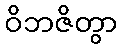
ဝိဘဇိတွာ